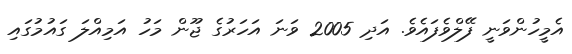
އެމީހުންވަނީ ފޭލްވެފައެވެ. އަދި 2005 ވަނަ އަހަރުގެ ޖޫން މަހު އަމިއްލަ ގައުމުގައި